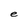
Character: e